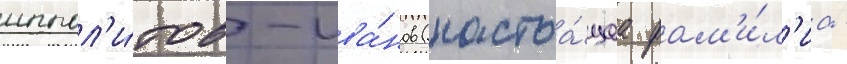
иппол'и́тов-ива́нов (настоа́щаа фам'и́л'иа -